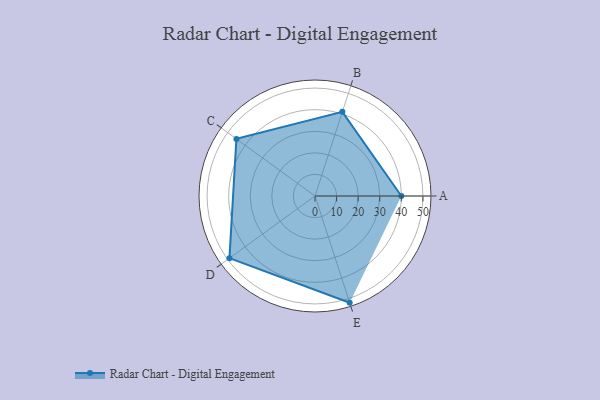
{"axis": {"x": "Skill", "y": "Score"}, "legend": ["Profile"], "data": [{"x": "A", "y": 40.0, "type": "Profile"}, {"x": "B", "y": 41.0, "type": "Profile"}, {"x": "C", "y": 45.0, "type": "Profile"}, {"x": "D", "y": 49.0, "type": "Profile"}, {"x": "E", "y": 52.0, "type": "Profile"}]}